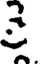
క